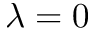
\lambda = 0